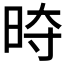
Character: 𭥱